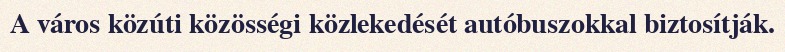
A város közúti közösségi közlekedését autóbuszokkal biztosítják.